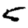
Digit: 5